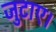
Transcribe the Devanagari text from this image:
जुटाए।